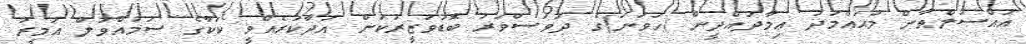
އައްސުލްޠާން މުޙައްމަދު ޢިމާދުއްދީން (ހަވަނަ)ގެ ދުވަސްވަރު ބޮޑުވަޒީރުކަން އަދާކުރެއްވީ ކަކާގެ ސުމުއްވުލް އަމީރު